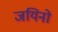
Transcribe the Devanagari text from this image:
जयिनो